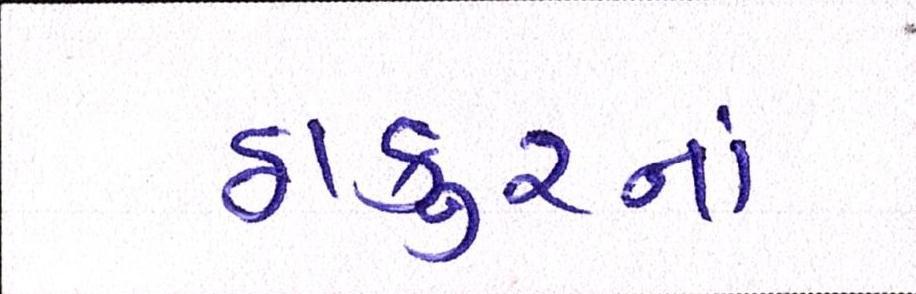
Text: ઠાકુરનાં